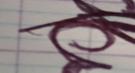
Signature authenticity: forged